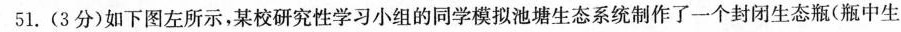
51.(3分)如下图左所示，某校研究性学习小组的同学模拟池塘生态系统制作了一个封闭生态瓶(瓶中生